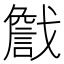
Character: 𢨕